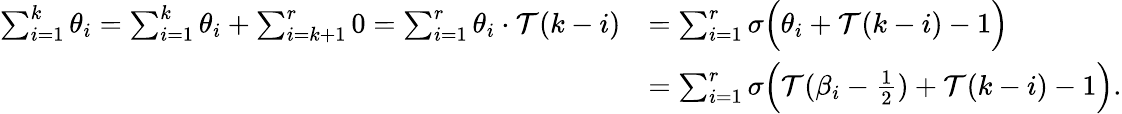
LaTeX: \begin{array}{rl}{\sum_{i=1}^{k}\theta_{i}=\sum_{i=1}^{k}\theta_{i}+\sum_{i=k+1}^{r}0=\sum_{i=1}^{r}\theta_{i}\cdot{\mathcal{T}}(k-i)}&{=\sum_{i=1}^{r}\sigma\Big(\theta_{i}+{\mathcal{T}}(k-i)-1\Big)}\\ &{=\sum_{i=1}^{r}\sigma\Big({\mathcal{T}}(\beta_{i}-\frac{1}{2})+{\mathcal{T}}(k-i)-1\Big).}\end{array}